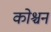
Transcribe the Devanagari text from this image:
कोश्चन